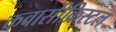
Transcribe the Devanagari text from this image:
कवासीक्रिस्टल